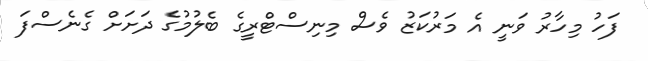
ފަހު މިހާރު ވަނީ އެ މަރުކަޒު ވެސް މިނިސްޓްރީގެ ބެލުމުގެ ދަށަށް ގެނެސްފަ